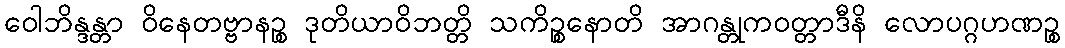
ဝေါဘိန္ဒန္တာ ဝိနေတဗ္ဗာနဉ္စ ဒုတိယာဝိဘတ္တိ သကိဉ္စနောတိ အာဂန္တုကဝတ္တာဒီနိ လောပဂ္ဂဟဏဉ္စ